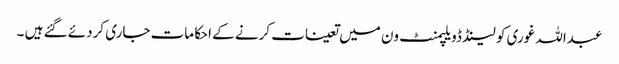
عبداللہ غوری کو لینڈ ڈویلپمنٹ ون میں تعینات کرنے کے احکامات جاری کردئے گئے ہیں ۔